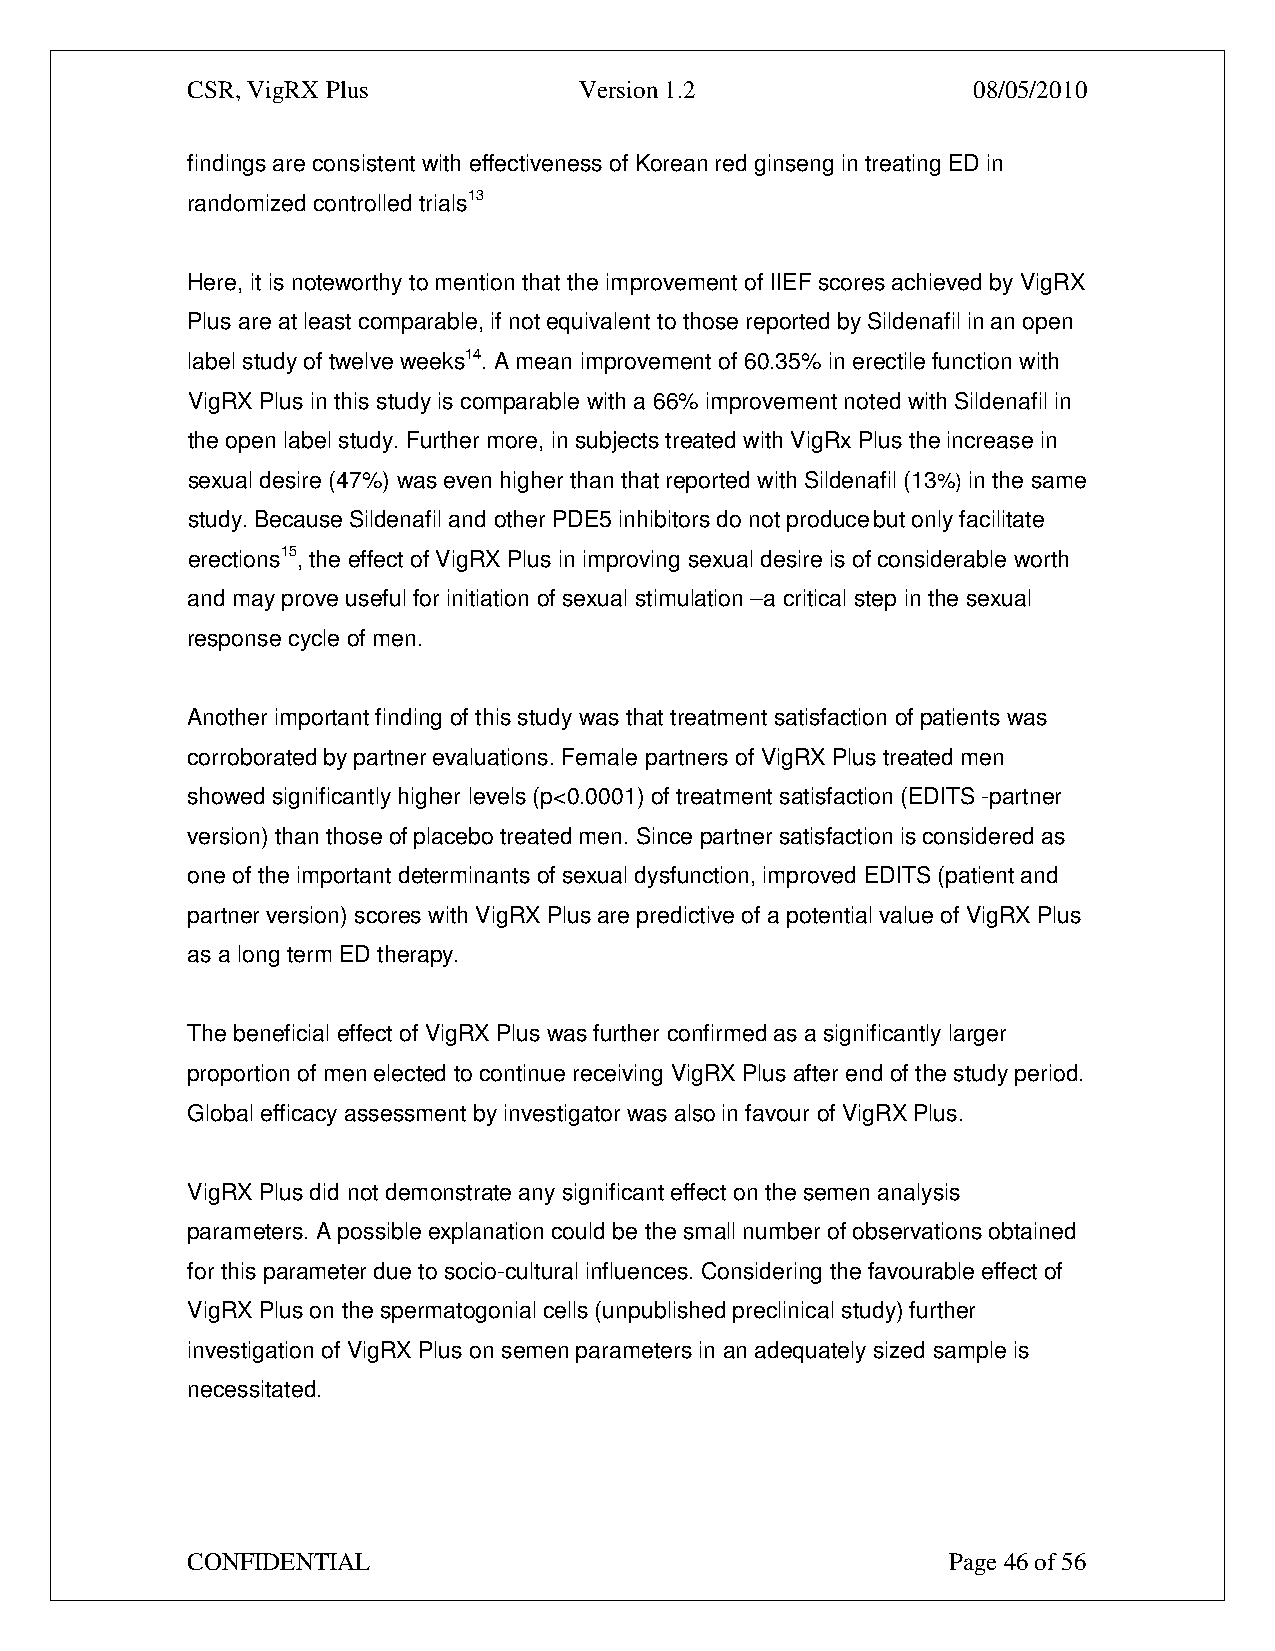
CSR, VigRX Plus           Version 1.2               08/05/2010
 findings are consistent with effectiveness of Korean red ginseng in treating ED in
 randomized controlled trials13
 Here, it is noteworthy to mention that the improvement of IIEF scores achieved by VigRX
 Plus are at least comparable, if not equivalent to those reported by Sildenafil in an open
 label study of twelve weeks14. A mean improvement of 60.35% in erectile function with
 VigRX Plus in this study is comparable with a 66% improvement noted with Sildenafil in
 the open label study. Further more, in subjects treated with VigRx Plus the increase in
 sexual desire (47%) was even higher than that reported with Sildenafil (13%) in the same
 study. Because Sildenafil and other PDE5 inhibitors do not produce but only facilitate
 erections15, the effect of VigRX Plus in improving sexual desire is of considerable worth
 and may prove useful for initiation of sexual stimulation –a critical step in the sexual
 response cycle of men.
 Another important finding of this study was that treatment satisfaction of patients was
 corroborated by partner evaluations. Female partners of VigRX Plus treated men
 showed significantly higher levels (p<0.0001) of treatment satisfaction (EDITS -partner
 version) than those of placebo treated men. Since partner satisfaction is considered as
 one of the important determinants of sexual dysfunction, improved EDITS (patient and
 partner version) scores with VigRX Plus are predictive of a potential value of VigRX Plus
 as a long term ED therapy.
 The beneficial effect of VigRX Plus was further confirmed as a significantly larger
 proportion of men elected to continue receiving VigRX Plus after end of the study period.
 Global efficacy assessment by investigator was also in favour of VigRX Plus.
 VigRX Plus did not demonstrate any significant effect on the semen analysis
 parameters. A possible explanation could be the small number of observations obtained
 for this parameter due to socio-cultural influences. Considering the favourable effect of
 VigRX Plus on the spermatogonial cells (unpublished preclinical study) further
 investigation of VigRX Plus on semen parameters in an adequately sized sample is
 necessitated.
 CONFIDENTIAL                                       Page 46 of 56